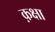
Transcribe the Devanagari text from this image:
क़क्षा